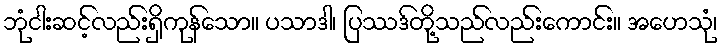
ဘုံငါးဆင့်လည်းရှိကုန်သော။ ပသာဒါ၊ ပြဿဒ်တို့သည်လည်းကောင်း။ အဟေသုံ၊